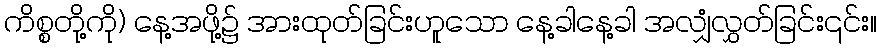
ကိစ္စတို့ကို) နေ့အဖို့၌ အားထုတ်ခြင်းဟူသော နေ့ခါနေ့ခါ အလျှံလွှတ်ခြင်း၎င်း။